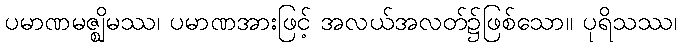
ပမာဏမဇ္ဈိမဿ၊ ပမာဏအားဖြင့် အလယ်အလတ်၌ဖြစ်သော။ ပုရိသဿ၊